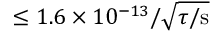
\leq 1 . 6 \times 1 0 ^ { - 1 3 } / \sqrt { \tau / \mathrm { s } }